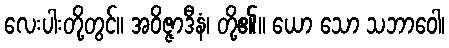
လေးပါးတို့တွင်။ အဝိဇ္ဇာဒီနံ၊ တို့၏။ ယော သော သဘာဝေါ၊